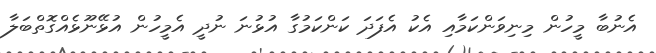
އެނުބާ މީހުން މިނިވަންކަމާއި އެކު އެފަދަ ކަންކަމުގާ އުޅުނަ ނުދީ އެމީހުން އުޅޭނޫޅެއްގޮތްބަލާ